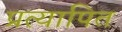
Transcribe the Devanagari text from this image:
प्रत्यापित